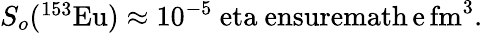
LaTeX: \begin{array}{r}{S_{o}(^{153}\mathrm{{Eu})\approx 10^{-5}\ eta\ ensuremath{\, \mathrm{e\, fm^{3}}}.}}\end{array}